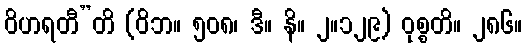
ဝိဟရတီ”တိ (ဝိဘ။ ၅၀၈၊ ဒီ။ နိ။ ၂။၁၂၉) ဝုစ္စတိ။ ၂၈၆။